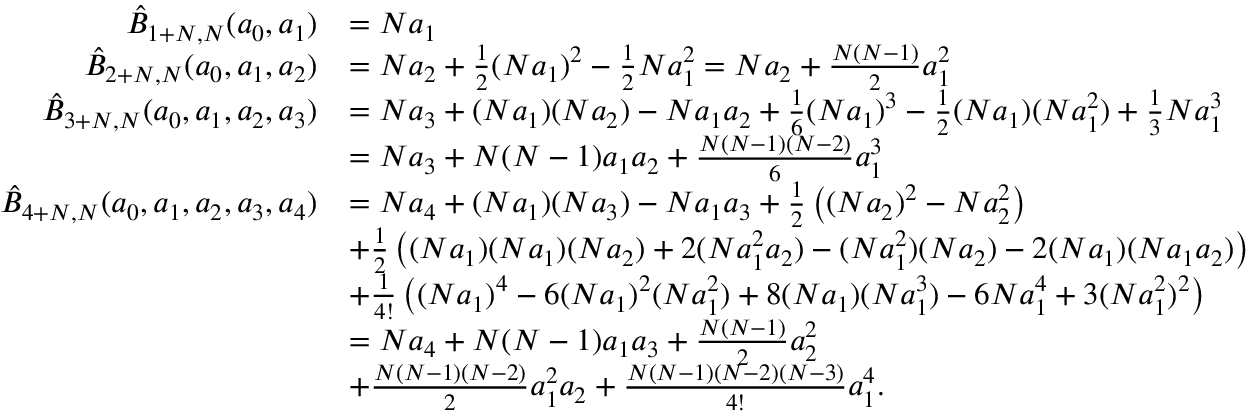
\begin{array} { r l } { \hat { B } _ { 1 + N , N } ( a _ { 0 } , a _ { 1 } ) } & { = N a _ { 1 } } \\ { \hat { B } _ { 2 + N , N } ( a _ { 0 } , a _ { 1 } , a _ { 2 } ) } & { = N a _ { 2 } + \frac { 1 } { 2 } ( N a _ { 1 } ) ^ { 2 } - \frac { 1 } { 2 } N a _ { 1 } ^ { 2 } = N a _ { 2 } + \frac { N ( N - 1 ) } { 2 } a _ { 1 } ^ { 2 } } \\ { \hat { B } _ { 3 + N , N } ( a _ { 0 } , a _ { 1 } , a _ { 2 } , a _ { 3 } ) } & { = N a _ { 3 } + ( N a _ { 1 } ) ( N a _ { 2 } ) - N a _ { 1 } a _ { 2 } + \frac { 1 } { 6 } ( N a _ { 1 } ) ^ { 3 } - \frac { 1 } { 2 } ( N a _ { 1 } ) ( N a _ { 1 } ^ { 2 } ) + \frac { 1 } { 3 } N a _ { 1 } ^ { 3 } } \\ & { = N a _ { 3 } + N ( N - 1 ) a _ { 1 } a _ { 2 } + \frac { N ( N - 1 ) ( N - 2 ) } { 6 } a _ { 1 } ^ { 3 } } \\ { \hat { B } _ { 4 + N , N } ( a _ { 0 } , a _ { 1 } , a _ { 2 } , a _ { 3 } , a _ { 4 } ) } & { = N a _ { 4 } + ( N a _ { 1 } ) ( N a _ { 3 } ) - N a _ { 1 } a _ { 3 } + \frac { 1 } { 2 } \left( ( N a _ { 2 } ) ^ { 2 } - N a _ { 2 } ^ { 2 } \right) } \\ & { + \frac { 1 } { 2 } \left( ( N a _ { 1 } ) ( N a _ { 1 } ) ( N a _ { 2 } ) + 2 ( N a _ { 1 } ^ { 2 } a _ { 2 } ) - ( N a _ { 1 } ^ { 2 } ) ( N a _ { 2 } ) - 2 ( N a _ { 1 } ) ( N a _ { 1 } a _ { 2 } ) \right) } \\ & { + \frac { 1 } { 4 ! } \left( ( N a _ { 1 } ) ^ { 4 } - 6 ( N a _ { 1 } ) ^ { 2 } ( N a _ { 1 } ^ { 2 } ) + 8 ( N a _ { 1 } ) ( N a _ { 1 } ^ { 3 } ) - 6 N a _ { 1 } ^ { 4 } + 3 ( N a _ { 1 } ^ { 2 } ) ^ { 2 } \right) } \\ & { = N a _ { 4 } + N ( N - 1 ) a _ { 1 } a _ { 3 } + \frac { N ( N - 1 ) } { 2 } a _ { 2 } ^ { 2 } } \\ & { + \frac { N ( N - 1 ) ( N - 2 ) } { 2 } a _ { 1 } ^ { 2 } a _ { 2 } + \frac { N ( N - 1 ) ( N - 2 ) ( N - 3 ) } { 4 ! } a _ { 1 } ^ { 4 } . } \end{array}